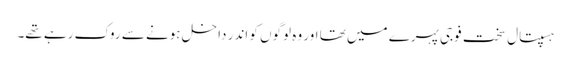
ہسپتال سخت فوجی پہرے میں تھا اور وہ لوگوں کو اندر داخل ہونے سے روک رہے تھے۔